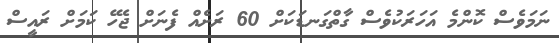
ނަމަވެސް ކޮންމެ އަހަރަކުވެސް ގާތްގަނޑަކަށް 60 ރަށެއް ފެނަށް ޖެހޭ ކަމަށް ރައީސް